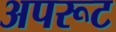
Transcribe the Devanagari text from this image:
अपरूट